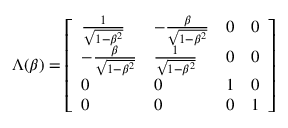
\Lambda ( \beta ) = { \left[ \begin{array} { l l l l } { { \frac { 1 } { \sqrt { 1 - \beta ^ { 2 } } } } } & { - { \frac { \beta } { \sqrt { 1 - \beta ^ { 2 } } } } } & { 0 } & { 0 } \\ { - { \frac { \beta } { \sqrt { 1 - \beta ^ { 2 } } } } } & { { \frac { 1 } { \sqrt { 1 - \beta ^ { 2 } } } } } & { 0 } & { 0 } \\ { 0 } & { 0 } & { 1 } & { 0 } \\ { 0 } & { 0 } & { 0 } & { 1 } \end{array} \right] }